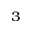
^ 3